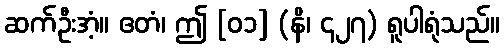
ဆက်ဦးအံ့။ ဧတံ၊ ဤ [၀၁] (နိ၊ ၄၂၇) ရူပါရုံသည်။